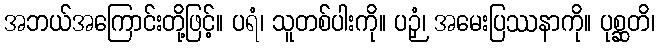
အဘယ်အကြောင်းတို့ဖြင့်။ ပရံ၊ သူတစ်ပါးကို။ ပဉှံ၊ အမေးပြဿနာကို။ ပုစ္ဆတိ၊